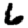
Digit: 6